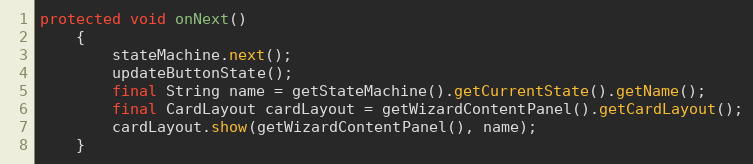
Language: Java
protected void onNext()
	{
		stateMachine.next();
		updateButtonState();
		final String name = getStateMachine().getCurrentState().getName();
		final CardLayout cardLayout = getWizardContentPanel().getCardLayout();
		cardLayout.show(getWizardContentPanel(), name);
	}